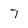
Character: 7